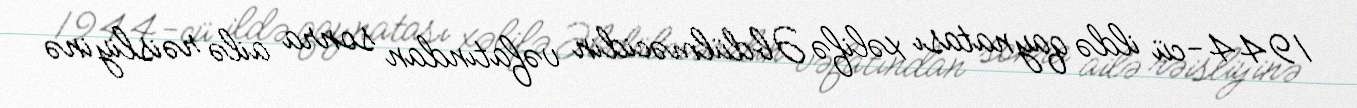
1944-cü ildə qaynatası xəlifə Əbdülməcidin vəfatından sonra ailə rəisliyinə